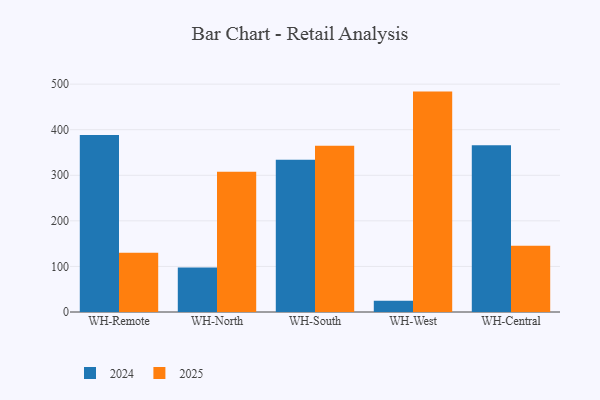
{"axis": {"x": "Warehouse", "y": "Operating Costs (USD K)"}, "legend": ["2024", "2025"], "data": [{"x": "WH-Remote", "y": 388.4, "type": "2024"}, {"x": "WH-Remote", "y": 129.8, "type": "2025"}, {"x": "WH-North", "y": 97.6, "type": "2024"}, {"x": "WH-North", "y": 307.8, "type": "2025"}, {"x": "WH-South", "y": 334.0, "type": "2024"}, {"x": "WH-South", "y": 364.8, "type": "2025"}, {"x": "WH-West", "y": 24.6, "type": "2024"}, {"x": "WH-West", "y": 483.6, "type": "2025"}, {"x": "WH-Central", "y": 365.8, "type": "2024"}, {"x": "WH-Central", "y": 145.5, "type": "2025"}]}